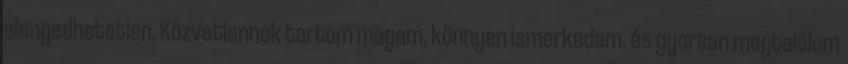
elengedhetetlen. Közvetlennek tartom magam, könnyen ismerkedem, és gyorsan megtalálom